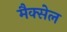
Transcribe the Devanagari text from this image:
मैक्सेल